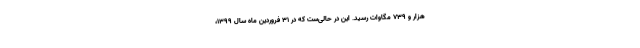
هزار و 739 مگاوات رسید. این در حالی‌ست که در 31 فروردین ماه سال 1399،